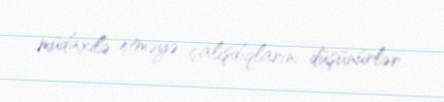
müdaxilə etməyə çalışdıqlarını düşünürlər.